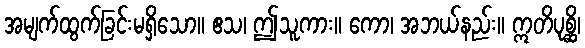
အမျက်ထွက်ခြင်းမရှိသော။ ဧသ၊ ဤသူကား။ ကော၊ အဘယ်နည်း။ ဣတိပုစ္ဆိ၊